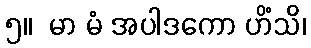
၅။  မာ မံ အပါဒကော ဟိံသိ၊